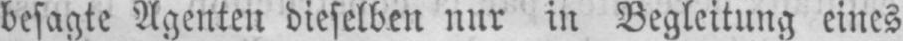
besagte Agenten dieselben nur in Begleitung eines